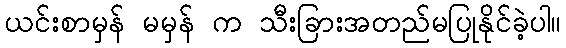
ယင်းစာမှန် မမှန် က သီးခြားအတည်မပြုနိုင်ခဲ့ပါ။